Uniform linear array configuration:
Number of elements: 48
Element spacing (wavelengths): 0.25
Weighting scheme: exponential
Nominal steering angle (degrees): -60
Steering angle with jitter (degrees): -58.151
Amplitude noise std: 0.05
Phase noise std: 0.05

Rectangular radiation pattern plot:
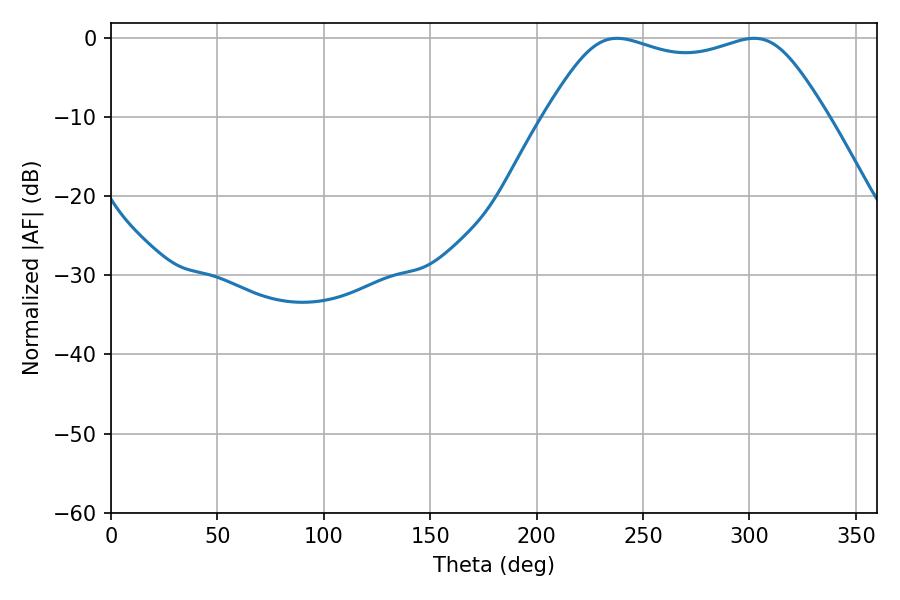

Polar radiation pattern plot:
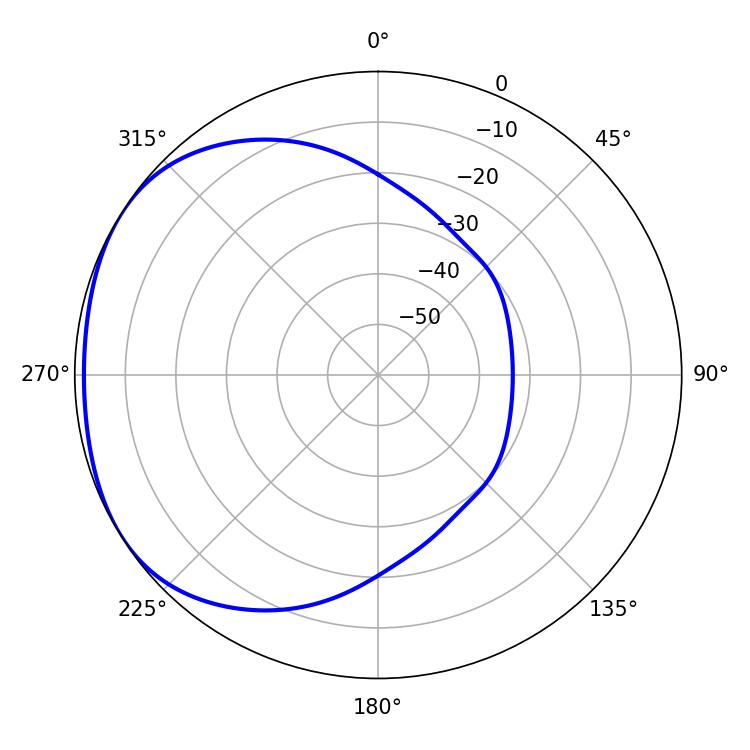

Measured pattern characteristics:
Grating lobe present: FALSE
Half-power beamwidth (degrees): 100.8
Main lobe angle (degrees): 237.78